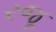
રજૂ